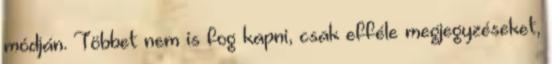
módján. Többet nem is fog kapni, csak efféle megjegyzéseket,